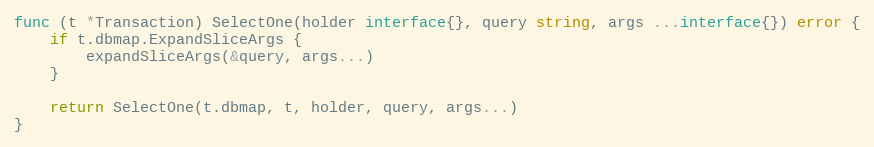
Language: Go
func (t *Transaction) SelectOne(holder interface{}, query string, args ...interface{}) error {
	if t.dbmap.ExpandSliceArgs {
		expandSliceArgs(&query, args...)
	}

	return SelectOne(t.dbmap, t, holder, query, args...)
}